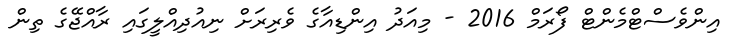
އިންވެސްޓްމެންޓް ފޯރަމް 2016 - މިއަދު އިންޑިއާގެ ވެރިރަށް ނިއުދިއްލީގައި ރާއްޖޭގެ ތިން